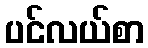
ပင်လယ်စာ